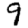
Digit: 9